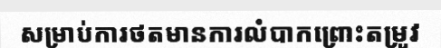
សម្រាប់ការថតមានការលំបាកព្រោះតម្រូវ